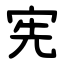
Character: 宪